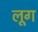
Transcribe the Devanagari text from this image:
लूग